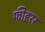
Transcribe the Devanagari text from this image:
फीहरर